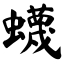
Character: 蠛